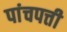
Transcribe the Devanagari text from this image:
पांचपत्ती